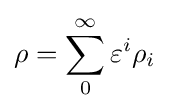
\rho =\sum _{0}^{\infty }\varepsilon ^{i}\rho _{i}